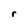
Character: r